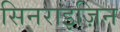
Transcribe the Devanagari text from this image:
सिनराइज़िन